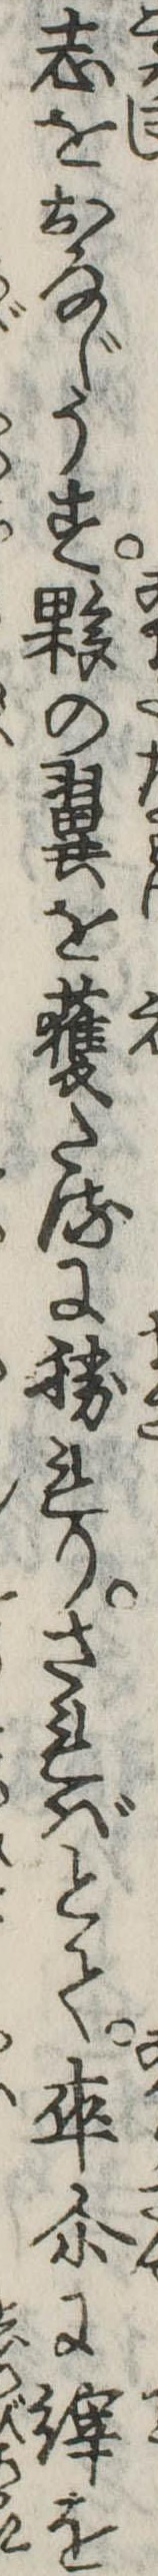
志をおなじうす夥の翼を獲たるに勝れりさればとて卒爾に縡を